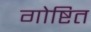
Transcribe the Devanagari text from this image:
गोष्टित